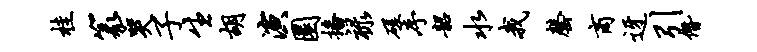
桂篆哭子生胡演圜播禄磋序韶水我罄商迓引僭